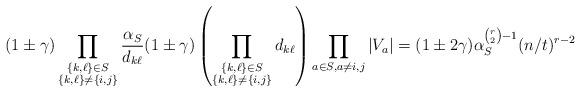
LaTeX: \begin{align*}(1\pm\gamma)\prod_{\substack{\{k,\ell\}\in S\\\{k,\ell\}\neq\{i,j\}}} \frac{\alpha_S}{d_{k\ell}}(1\pm\gamma)\left(\prod_{\substack{\{k,\ell\}\in S\\\{k,\ell\}\neq\{i,j\}}} d_{k\ell}\right)\prod_{a\in S, a\neq i,j}|V_a|=(1\pm2\gamma)\alpha_S^{\binom{r}{2}-1}(n/t)^{r-2}\end{align*}